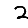
Digit: 2